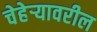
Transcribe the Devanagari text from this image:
चेहेर्‍यावरील